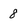
Character: 8